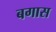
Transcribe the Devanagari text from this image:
बगास